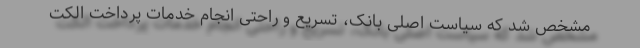
مشخص شد که سیاست اصلی بانک، تسریع و راحتی انجام خدمات پرداخت الکت